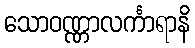
သောဝဏ္ဏာလင်္ကာရာနိ